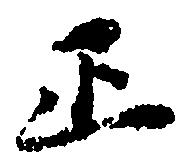
正